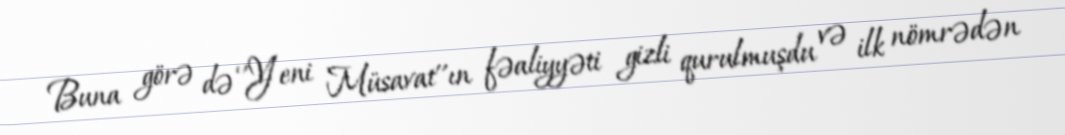
Buna görə də ‘’Yeni Müsavat’’ın fəaliyyəti gizli qurulmuşdu və ilk nömrədən